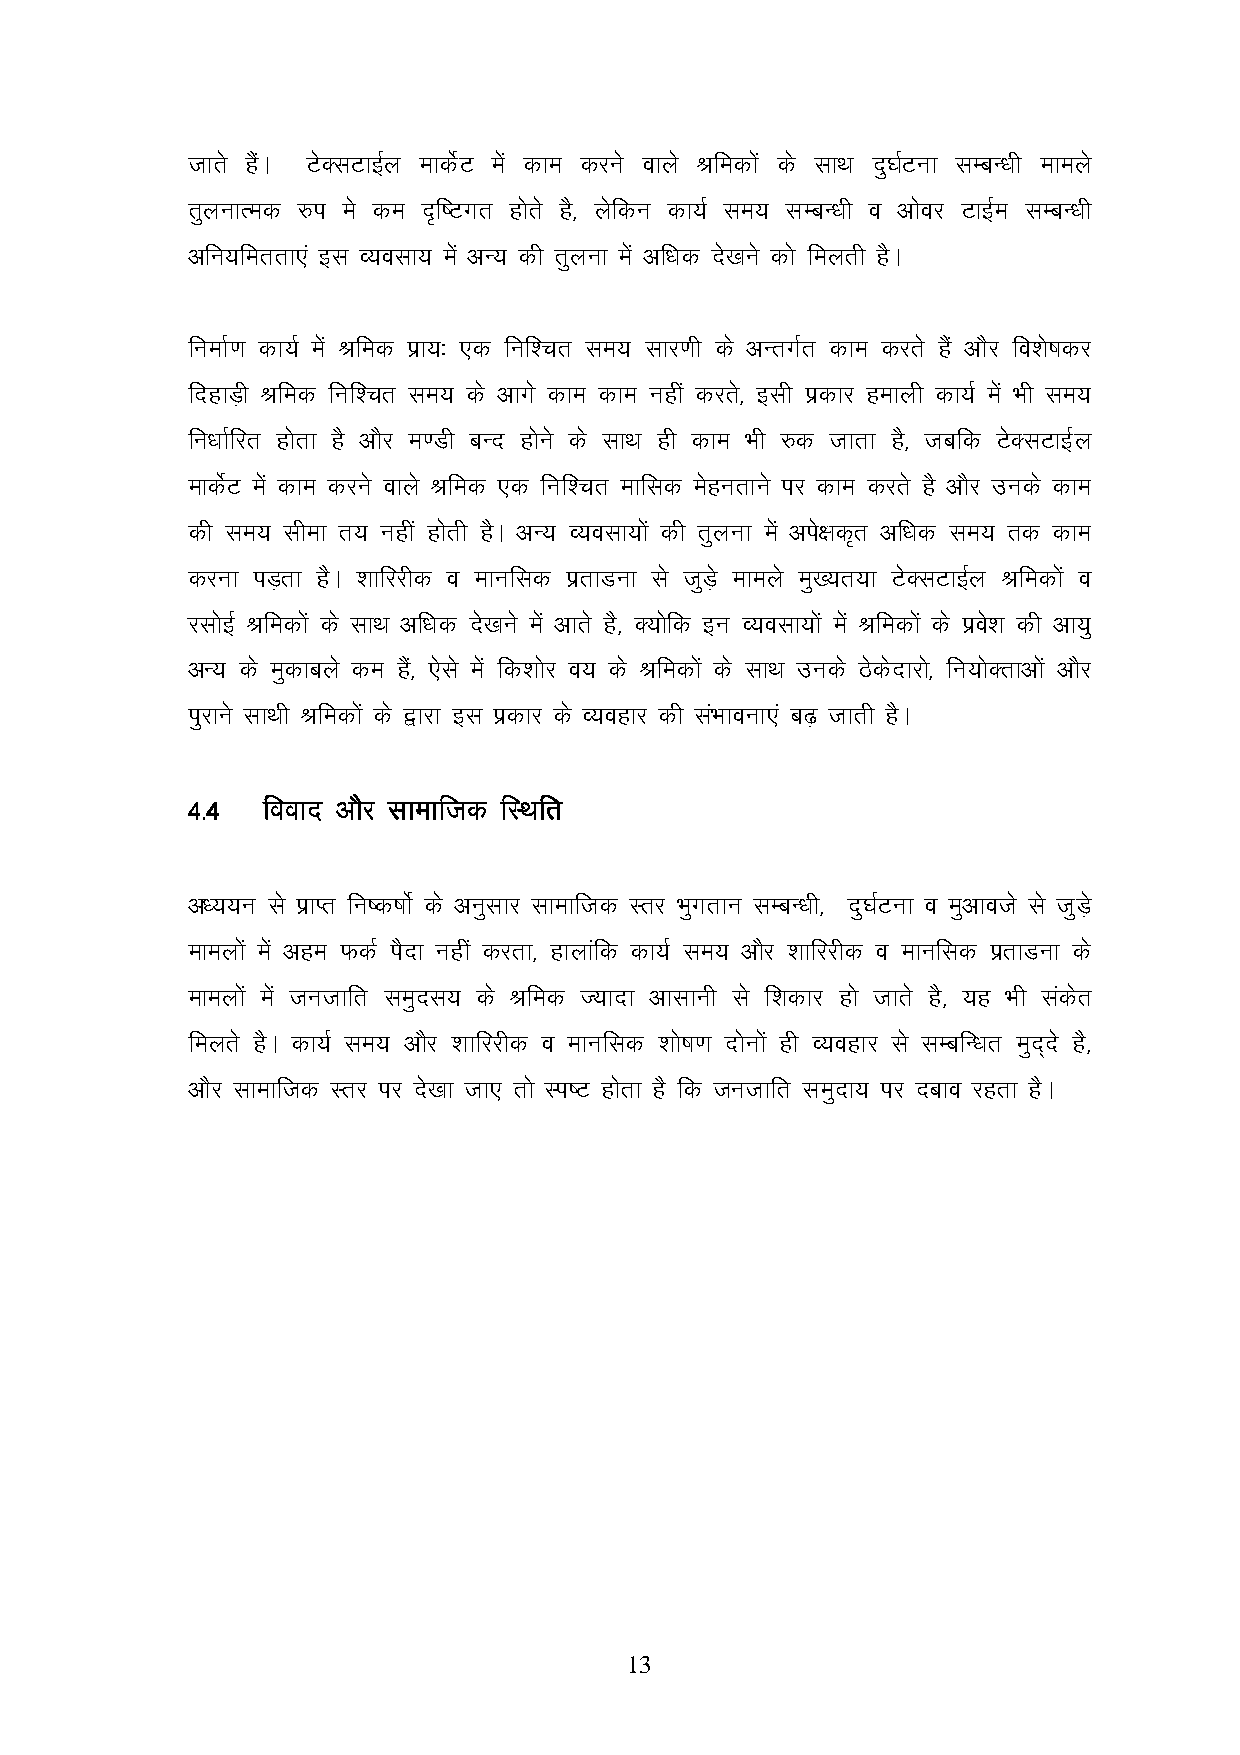
tkrs gaSA VsDlVkbZy ekdsZV esa dke djus okys Jfedksa ds lkFk nq?kZVuk lEcU/kh ekeys
 rqyukRed #i es de n`f"Vxr gksrs gS] ysfdu dk;Z le; lEcU/kh o vksoj VkbZe lEcU/kh
 vfu;ferrk,a bl O;olk; esa vU; dh rqyuk esa vf/kd ns[kus dks feyrh gSA
 fuekZ.k dk;Z esa Jfed izk;% ,d fuf’pr le; lkj.kh ds vUrxZr dke djrs gSa vkSj fo’ks"kdj
 fngkM+h Jfed fuf’pr le; ds vkxs dke dke ugha djrs] blh izdkj gekyh dk;Z esa Hkh le;
 fu/kkZfjr gksrk gS vkSj e.Mh cUn gksus ds lkFk gh dke Hkh #d tkrk gS] tcfd VsDlVkbZy
 ekdsZV esa dke djus okys Jfed ,d fuf’pr ekfld esgurkus ij dke djrs gS vkSj muds dke
 dh le; lhek r; ugha gksrh gSA vU; O;olk;ksa dh rqyuk esa vis{kd`r vf/kd le; rd dke
 djuk iM+rk gSA 'kkfjjhd o ekufld izrkMuk ls tqM+s ekeys eq[;r;k VsDlVkbZy Jfedksa o
 jlksbZ Jfedksa ds lkFk vf/kd ns[kus esa vkrs gS] D;ksfd bu O;olk;ksa esa Jfedksa ds izos’k dh vk;q
 vU; ds eqdkcys de gSa] ,sls esa fd’kksj o; ds Jfedksa ds lkFk muds Bsdsnkjks] fu;ksDrkvksa vkSj
 iqjkus lkFkh Jfedksa ds }kjk bl izdkj ds O;ogkj dh laHkkouk,a c<+ tkrh gSA
 4444----4444 ffffooooooookkkknnnn vvvvkkkkSSjjSSjj llllkkkkeeeekkkkffffttttdddd ffffLLLLFFFFkkkkffffrrrr
 v/;;u ls izkIr fu"d"kksZ ds vuqlkj lkekftd Lrj Hkqqxrku lEcU/kh] nq?kZVuk o eqvkots ls tqM+s
 ekeyksa esa vge QdZ iSnk ugha djrk] gkykafd dk;Z le; vkSj ’kkfjjhd o ekufld izrkMuk ds
 ekeyksa esa tutkfr leqnl; ds Jfed T;knk vklkuh ls f’kdkj gks tkrs gS] ;g Hkh ladsr
 feyrs gSA dk;Z le; vkSj ’kkfjjhd o ekufld 'kks"k.k nksuksa gh O;ogkj ls lEcfU/kr eqn~ns gS]
 vkSj lkekftd Lrj ij ns[kk tk, rks Li"V gksrk gS fd tutkfr leqnk; ij ncko jgrk gSA
 13